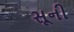
સૂની